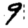
Digit: 9